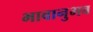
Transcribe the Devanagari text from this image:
भावानुभव